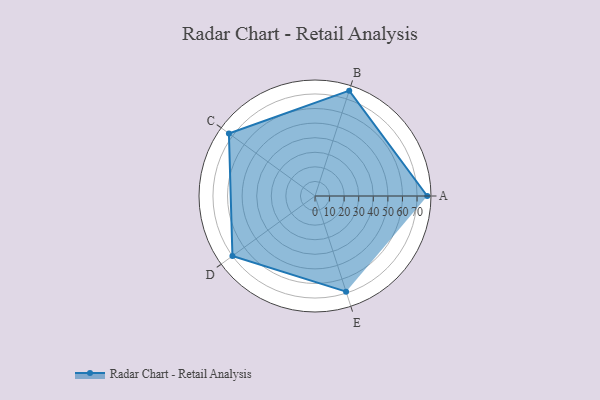
{"axis": {"x": "Skill", "y": "Score"}, "legend": ["Profile"], "data": [{"x": "A", "y": 77.0, "type": "Profile"}, {"x": "B", "y": 76.0, "type": "Profile"}, {"x": "C", "y": 73.0, "type": "Profile"}, {"x": "D", "y": 70.0, "type": "Profile"}, {"x": "E", "y": 69.0, "type": "Profile"}]}